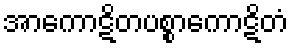
အာကောဋိတပစ္စာကောဋိတံ